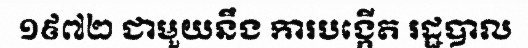
១៩៧២ ជាមួយនឹង ការបង្កើត រដ្ឋបាល